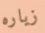
زياره